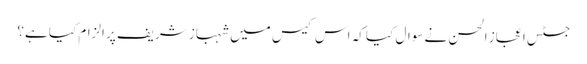
جسٹس اعجاز الحسن نے سوال کیا کہ اس کیس میں شہباز شریف پر الزام کیا ہے؟